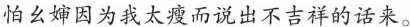
怕么婶因为我太瘦而说出不吉祥的话来。